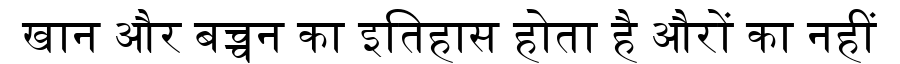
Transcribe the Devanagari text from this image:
खान और बच्चन का इतिहास होता है औरों का नहीं